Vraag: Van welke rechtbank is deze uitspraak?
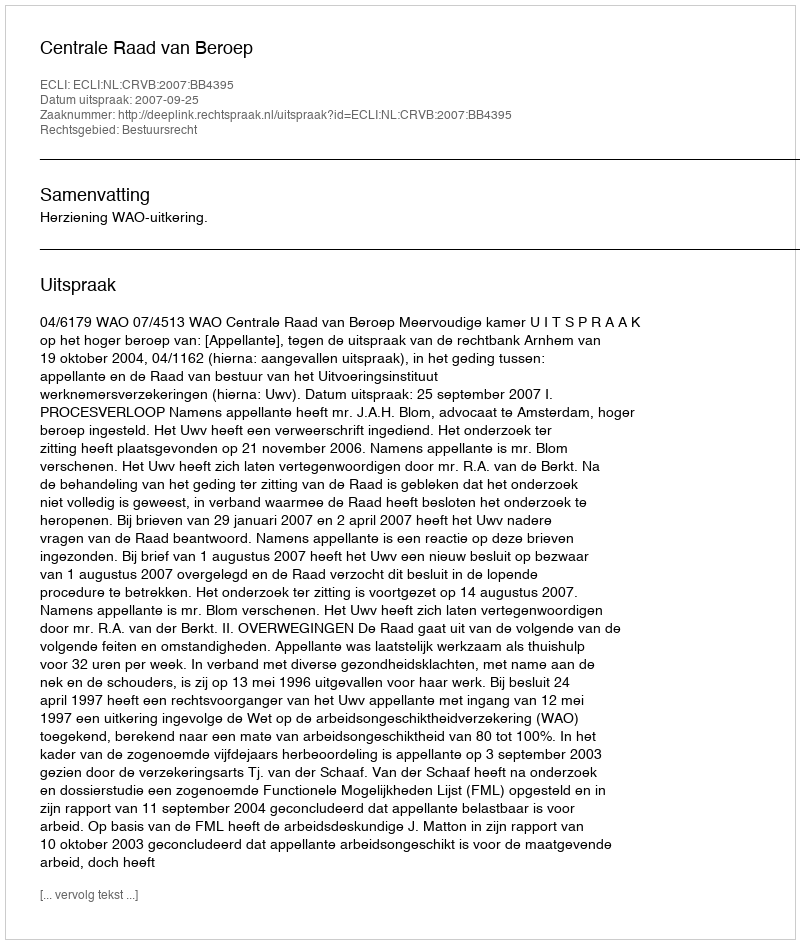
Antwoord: Centrale Raad van Beroep